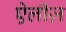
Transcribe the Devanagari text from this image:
ऐलीज़